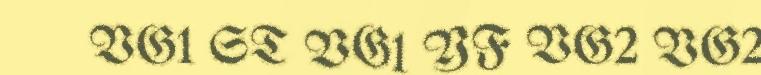
VG1 ST VG1 YF VG2 VG2